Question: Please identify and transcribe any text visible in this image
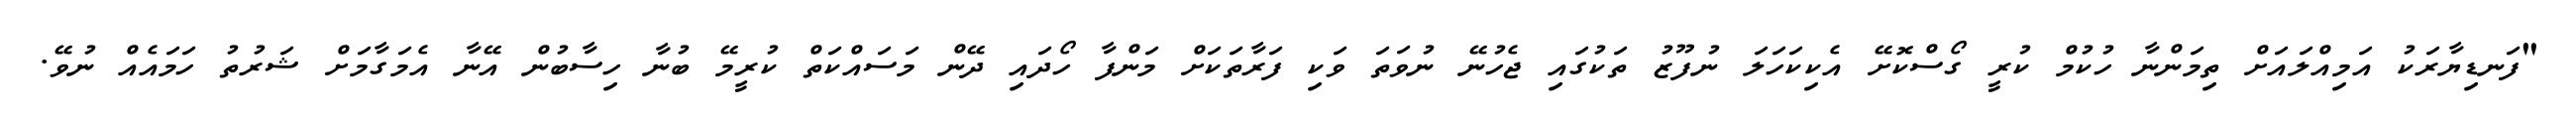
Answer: "ފަނޑިޔާރަކު އަމިއްލައަށް ތިމަންނާ ހުކުމް ކުރީ ގޯސްކޮށޭ އެކިކަހަލަ ނުފޫޒު ތަކުގައި ޖެހުނޭ ނުވަތަ ވަކި ފަރާތަކަށް މަންފާ ހޯދައި ދޭން މަސައްކަތް ކުރީމޭ ބުނާ ހިސާބުން އޭނާ އެމަގާމަށް ޝަރުތު ހަމައެއް ނުވޭ.